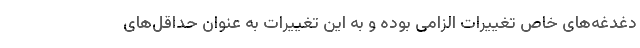
دغدغه‌های خاص تغییرات الزامی بوده و به این تغییرات به عنوان حداقل‌های